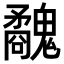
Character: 𩴢